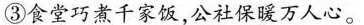
③食堂巧煮千家饭，公社保暖万人心。